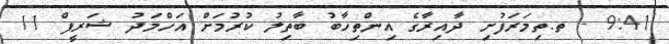
9:41 - ތ.ތިމަރަފުށި ދާއިރާގެ އިންތިހާބު ބާތިލު ކުރުމަށް އަހްމަދު ޝަރީފް 11